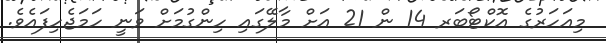
މިއަހަރުގެ އޮކްޓޯބަރ 14 ން 21 އަށް މާލޭގައި ހިންގުމަށް ވަނީ ހަމަޖެހިފައެވެ.